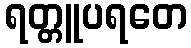
ရတ္တူပရတေ